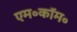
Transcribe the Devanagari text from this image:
एम॰कॉम॰